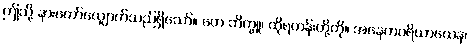
ဤသို့ နားတော်လျှောက်သည်ရှိသော်။ တေ ဘိက္ခူ၊ ထိုရဟန်းတို့ကို။ အနေကပရိယာယေန၊